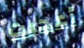
أعجبت